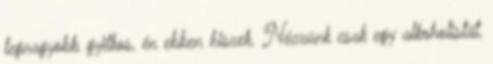
legnagyobb gyilkos, én ebben hiszek. Nézzünk csak egy alkoholistát,